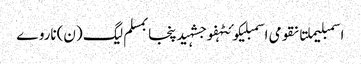
اسمبلیملتانقومی اسمبلیکوئٹہفوجشہیدپنجابمسلم لیگ (ن)ناروے